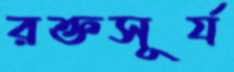
রক্তসূর্য